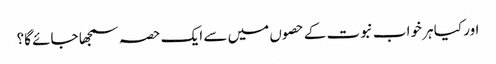
اور کیا ہر خواب نبوت کے حصوں میں سے ایک حصہ سمجھا جائے گا؟